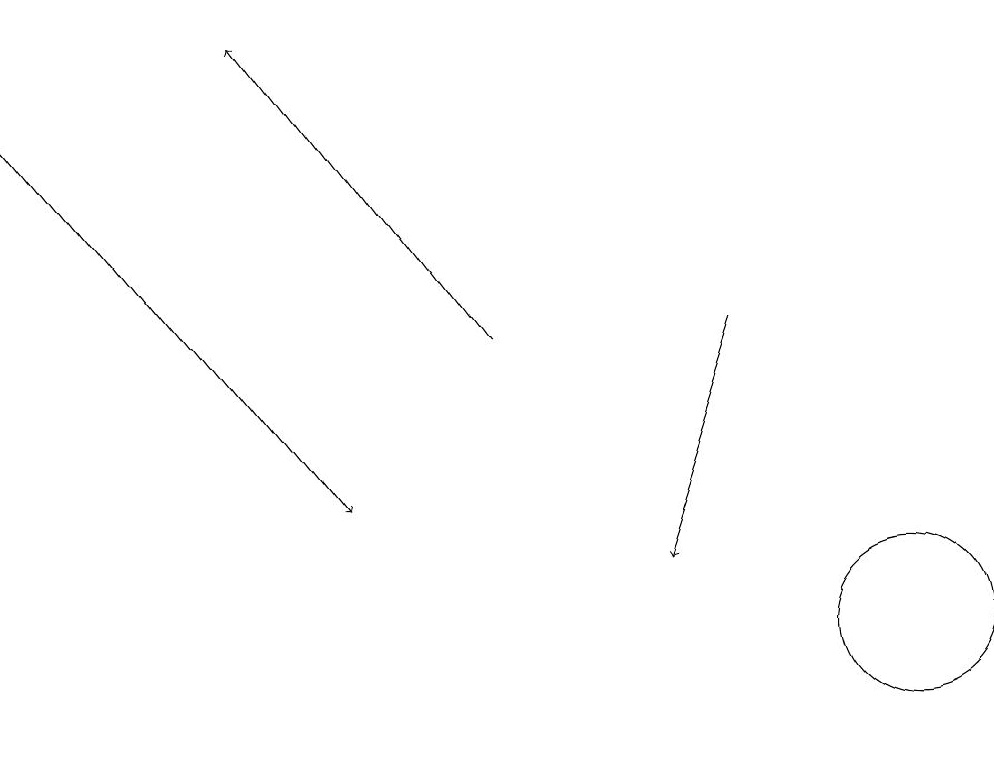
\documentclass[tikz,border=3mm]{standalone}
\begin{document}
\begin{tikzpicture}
\draw[->] (0,17) -- (4,12);
\draw[->] (9,14) -- (8,11);
\draw[->] (6,14) -- (3,18);
\draw (11,10) circle (1);
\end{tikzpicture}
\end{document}